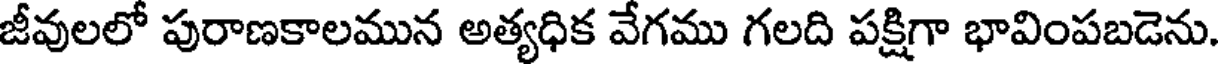
జీవులలో పురాణకాలమున అత్యధిక వేగము గలది పక్షిగా భావింపబడెను.